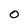
Character: O